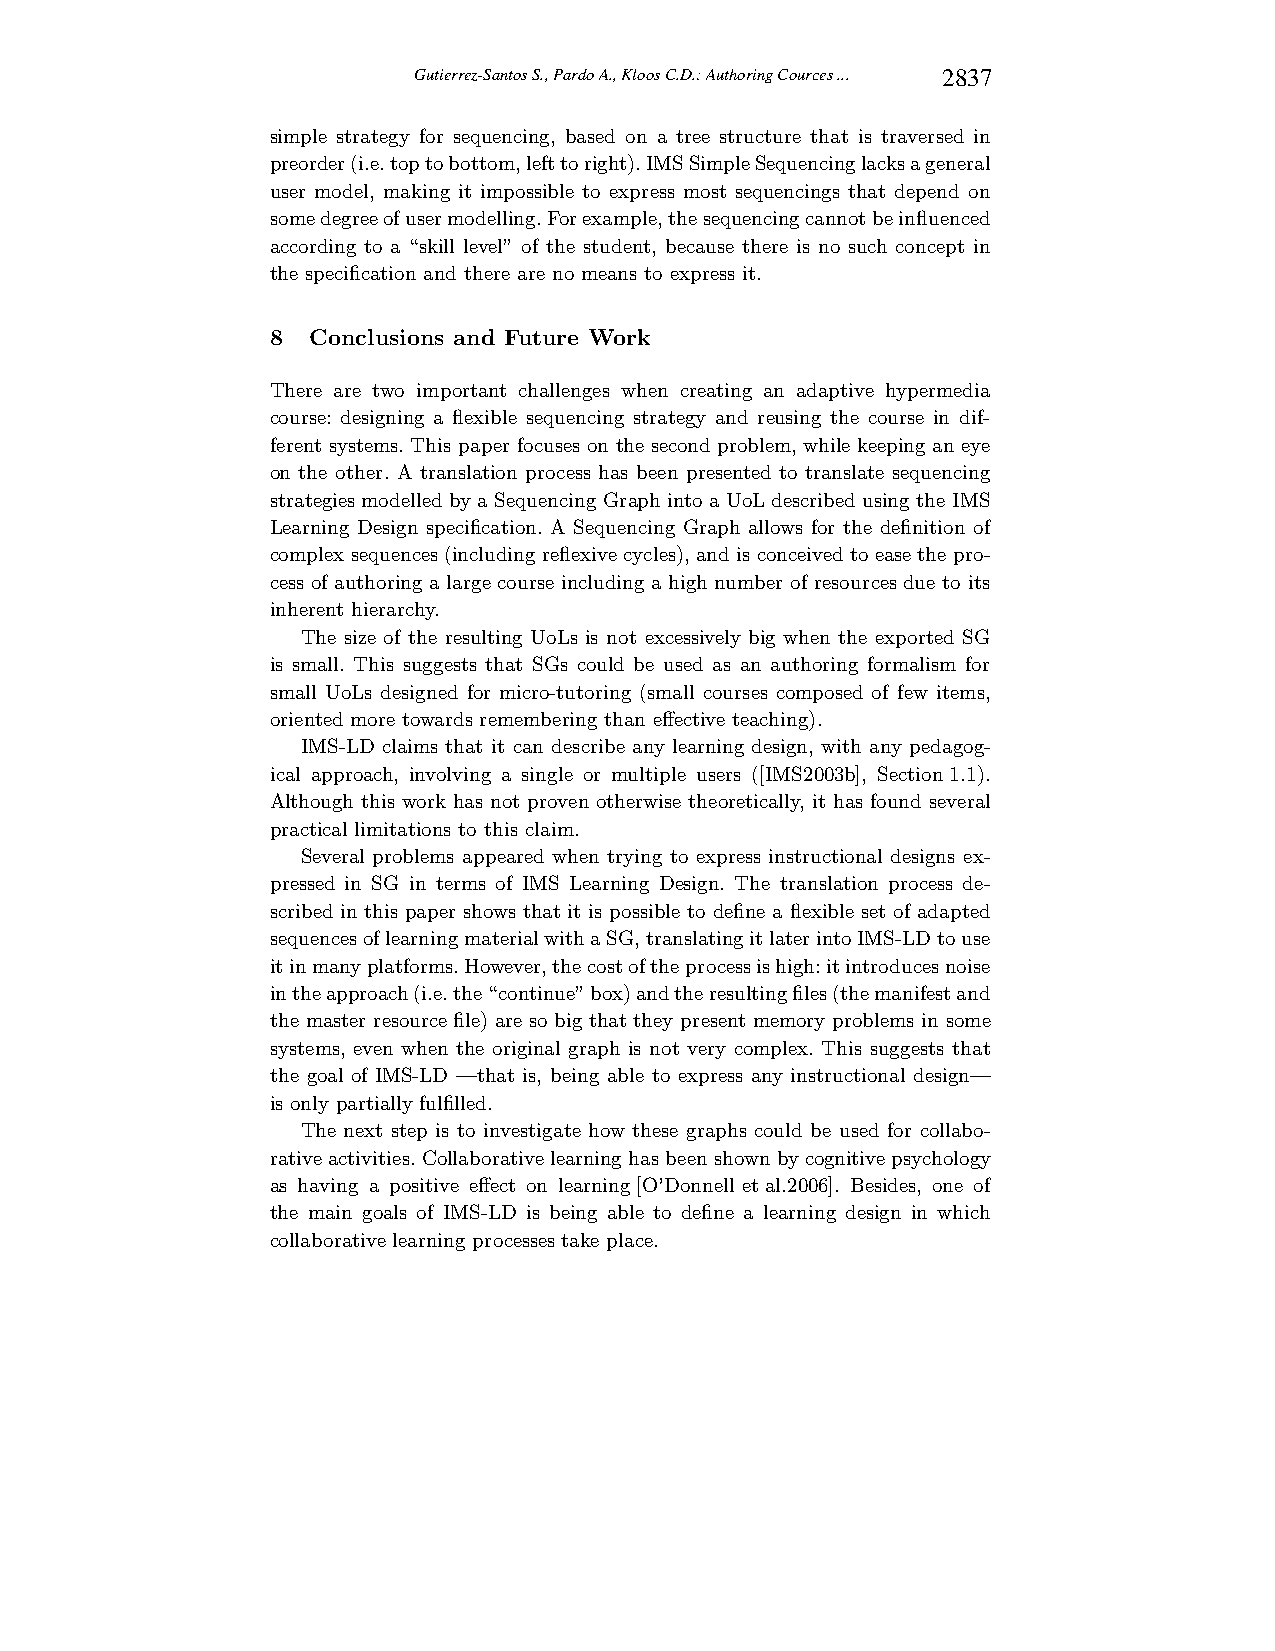
Gutierrez-Santos S., Pardo A., Kloos C.D.: Authoring Cources ... 2837
 simple strategy for sequencing, based on a tree structure that is traversed in
 preorder(i.e.toptobottom,lefttoright).IMSSimpleSequencinglacksageneral
 user model, making it impossible to express most sequencings that depend on
 somedegreeofusermodelling.Forexample,thesequencingcannotbeinfluenced
 according to a “skill level” of the student, because there is no such concept in
 the specification and there are no means to express it.
 8 Conclusions and Future Work
 There are two important challenges when creating an adaptive hypermedia
 course: designing a flexible sequencing strategy and reusing the course in dif-
 ferent systems. This paper focuses on the second problem, while keeping an eye
 on the other. A translation process has been presented to translate sequencing
 strategies modelled by a Sequencing Graph into a UoL described using the IMS
 Learning Design specification. A Sequencing Graph allows for the definition of
 complex sequences (including reflexivecycles), and is conceivedto ease the pro-
 cess of authoring a large course including a high number of resources due to its
 inherent hierarchy.
 The size of the resulting UoLs is not excessively big when the exported SG
 is small. This suggests that SGs could be used as an authoring formalism for
 small UoLs designed for micro-tutoring (small courses composed of few items,
 oriented more towards remembering than effective teaching).
 IMS-LD claims that it can describe any learning design, with any pedagog-
 ical approach, involving a single or multiple users ([IMS2003b], Section1.1).
 Although this work has not proven otherwise theoretically, it has found several
 practical limitations to this claim.
 Several problems appeared when trying to express instructional designs ex-
 pressed in SG in terms of IMS Learning Design. The translation process de-
 scribed in this paper shows that it is possible to define a flexible set of adapted
 sequencesoflearningmaterialwithaSG,translatingitlaterintoIMS-LDtouse
 itinmanyplatforms.However,thecostoftheprocessishigh:itintroducesnoise
 intheapproach(i.e.the“continue”box)andtheresultingfiles(themanifestand
 the master resource file) are so big that they present memory problems in some
 systems, even when the original graph is not very complex. This suggests that
 the goal of IMS-LD —that is, being able to express any instructional design—
 is only partially fulfilled.
 The next step is to investigate how these graphs could be used for collabo-
 rativeactivities. Collaborativelearninghas been shownby cognitivepsychology
 as having a positive effect on learning[O’Donnell etal.2006]. Besides, one of
 the main goals of IMS-LD is being able to define a learning design in which
 collaborative learning processes take place.